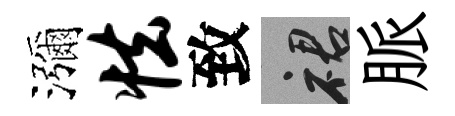
瀰怯致裙脈